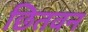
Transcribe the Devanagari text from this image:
छितवन